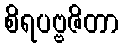
စိရပဗ္ဗဇိတာ